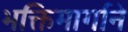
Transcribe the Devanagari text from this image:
भक्तिमार्गाने